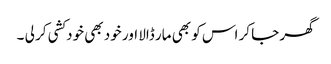
گھر جا کر اس کو بھی مار ڈالا اور خود بھی خودکشی کر لی ۔